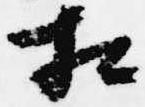
相